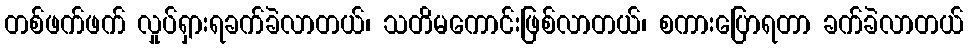
တစ်ဖက်ဖက် လှုပ်ရှားရခက်ခဲလာတယ်၊ သတိမကောင်းဖြစ်လာတယ်၊ စကားပြောရတာ ခက်ခဲလာတယ်